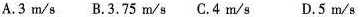
A.3m/s B.3.75m/s C.4m/s D.5m/s